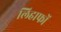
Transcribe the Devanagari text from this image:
लिहाफों